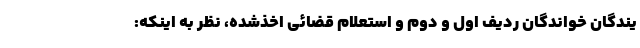
یندگان خواندگان ردیف اول و دوم و استعلام قضائی اخذشده، نظر به اینکه‌: